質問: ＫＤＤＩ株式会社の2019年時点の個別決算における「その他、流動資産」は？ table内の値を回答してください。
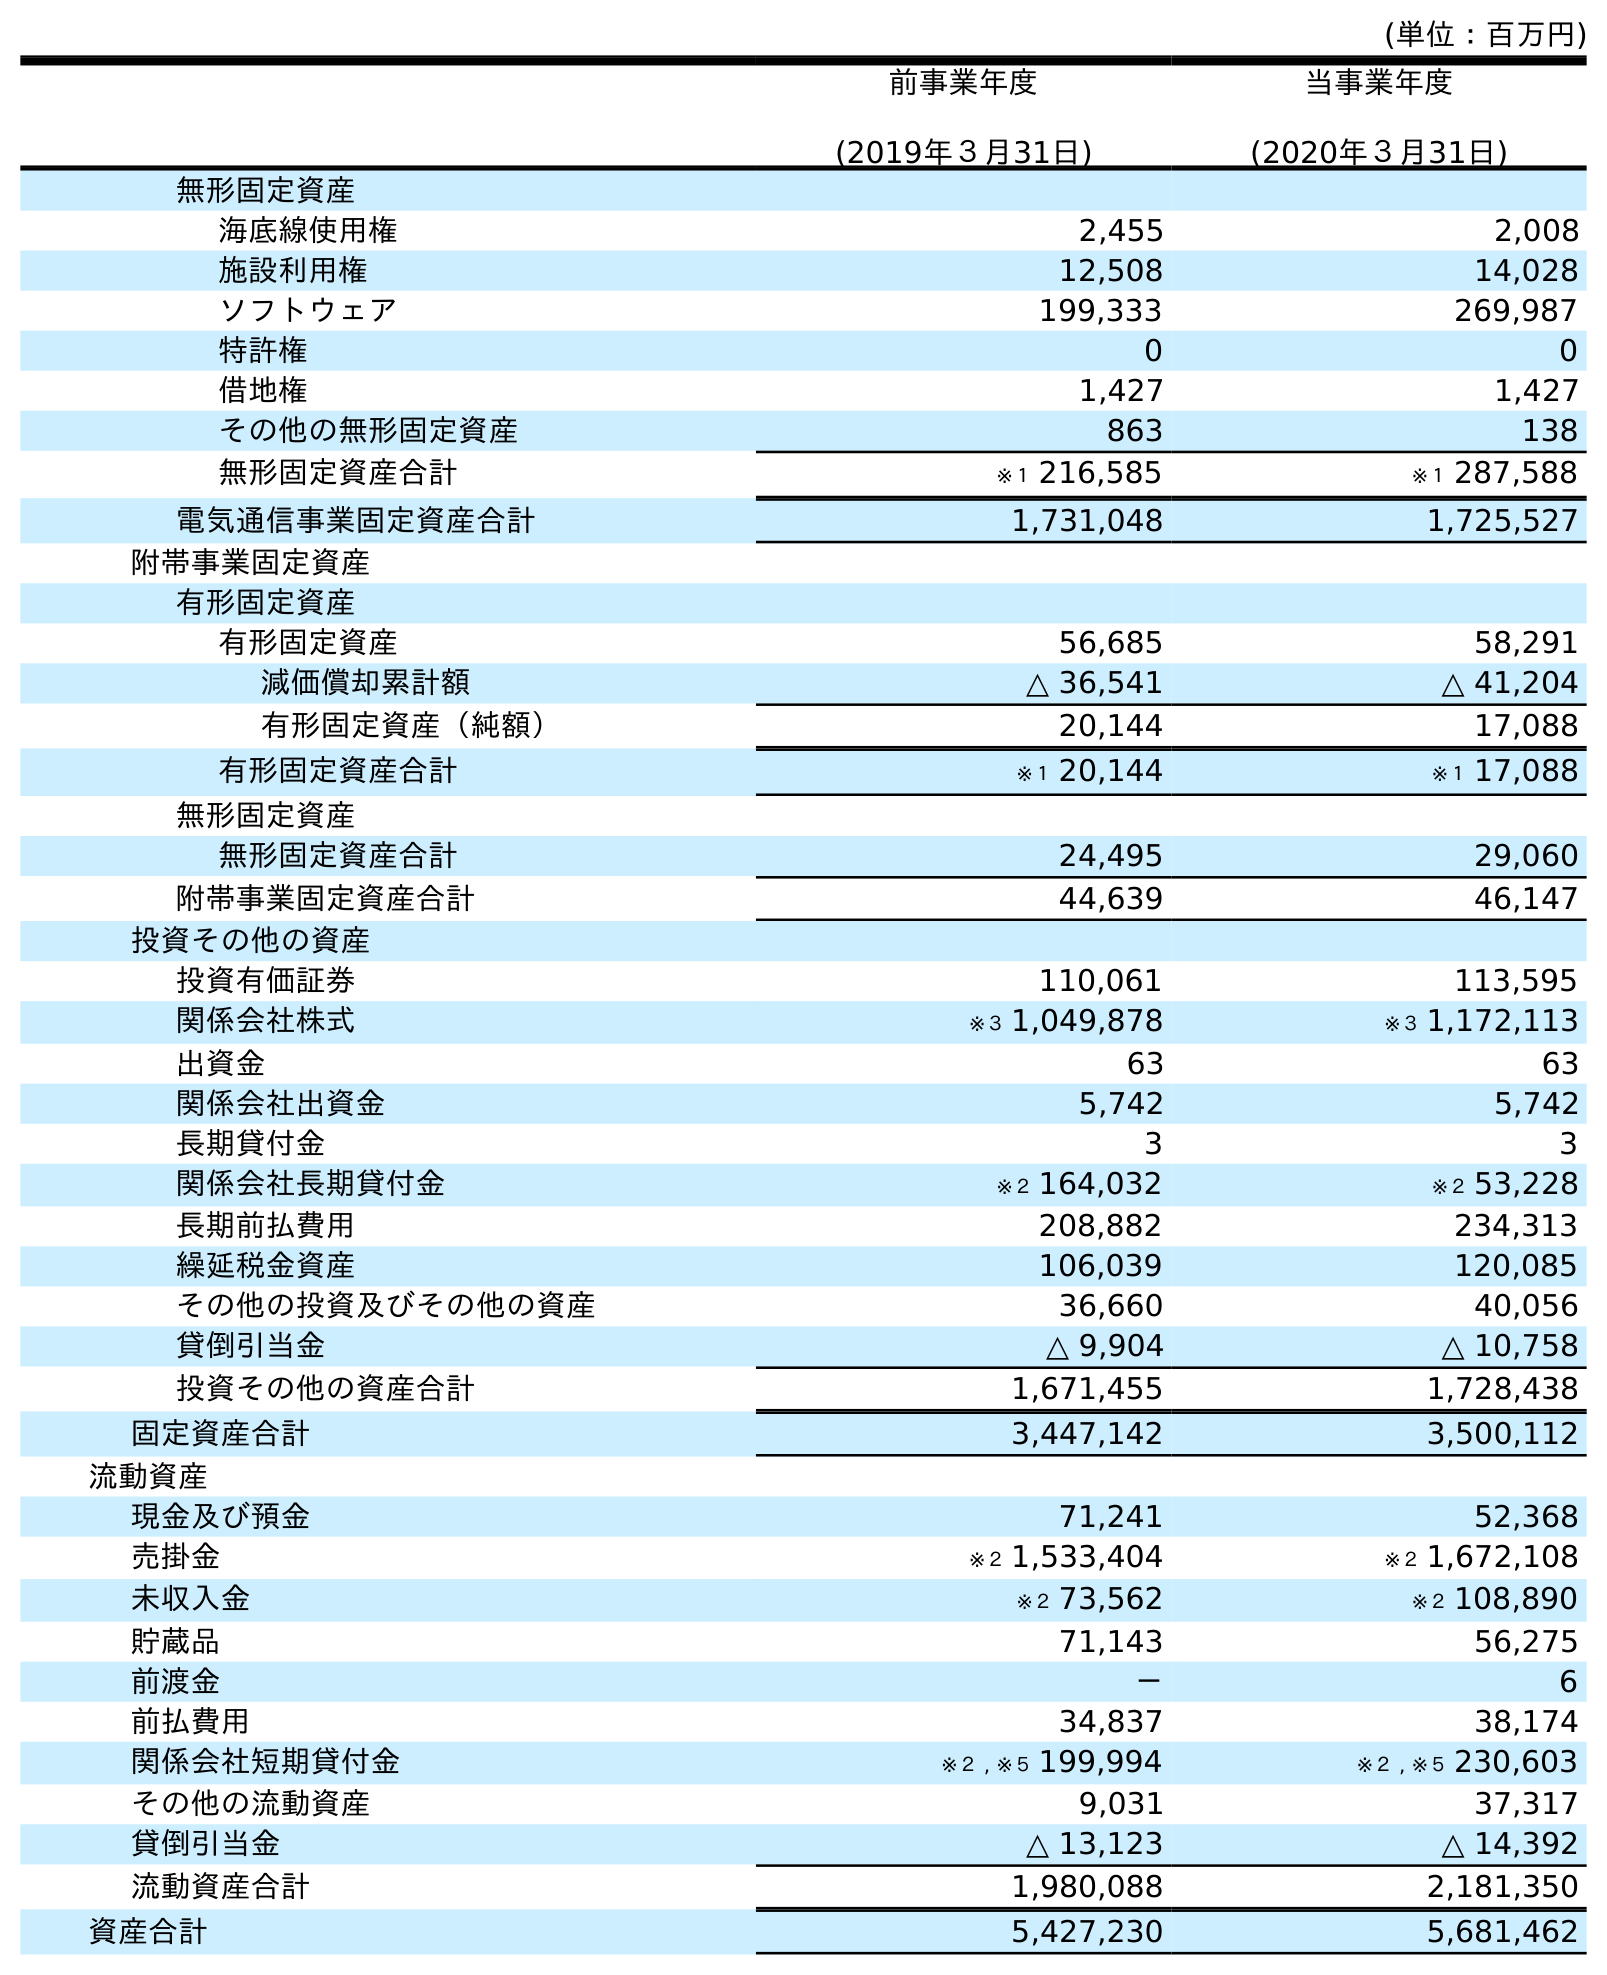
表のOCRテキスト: (単位：百万円) 前事業年度 (2019年３月31日) 当事業年度 (2020年３月31日) 無形固定資産 海底線使用権 2,455 2,008 施設利用権 12,508 14,028 ソフトウェア 199,333 269,987 特許権 0 0 借地権 1,427 1,427 その他の無形固定資産 863 138 無形固定資産合計 ※１ 216,585 ※１ 287,588 電気通信事業固定資産合計 1,731,048 1,725,527 附帯事業固定資産 有形固定資産 有形固定資産 56,685 58,291 減価償却累計額 △ 36,541 △ 41,204 有形固定資産（純額） 20,144 17,088 有形固定資産合計 ※１ 20,144 ※１ 17,088 無形固定資産 無形固定資産合計 24,495 29,060 附帯事業固定資産合計 44,639 46,147 投資その他の資産 投資有価証券 110,061 113,595 関係会社株式 ※３ 1,049,878 ※３ 1,172,113 出資金 63 63 関係会社出資金 5,742 5,742 長期貸付金 3 3 関係会社長期貸付金 ※２ 164,032 ※２ 53,228 長期前払費用 208,882 234,313 繰延税金資産 106,039 120,085 その他の投資及びその他の資産 36,660 40,056 貸倒引当金 △ 9,904 △ 10,758 投資その他の資産合計 1,671,455 1,728,438 固定資産合計 3,447,142 3,500,112 流動資産 現金及び預金 71,241 52,368 売掛金 ※２ 1,533,404 ※２ 1,672,108 未収入金 ※２ 73,562 ※２ 108,890 貯蔵品 71,143 56,275 前渡金 － 6 前払費用 34,837 38,174 関係会社短期貸付金 ※２ , ※５ 199,994 ※２ , ※５ 230,603 その他の流動資産 9,031 37,317 貸倒引当金 △ 13,123 △ 14,392 流動資産合計 1,980,088 2,181,350 資産合計 5,427,230 5,681,462
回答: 9,031